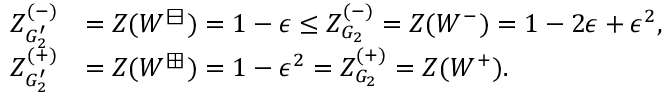
\begin{array} { r l } { Z _ { G _ { 2 } ^ { \prime } } ^ { ( - ) } } & { = Z ( W ^ { \boxminus } ) = 1 - \epsilon \leq Z _ { G _ { 2 } } ^ { ( - ) } = Z ( W ^ { - } ) = 1 - 2 \epsilon + \epsilon ^ { 2 } , } \\ { Z _ { G _ { 2 } ^ { \prime } } ^ { ( + ) } } & { = Z ( W ^ { \boxplus } ) = 1 - \epsilon ^ { 2 } = Z _ { G _ { 2 } } ^ { ( + ) } = Z ( W ^ { + } ) . } \end{array}